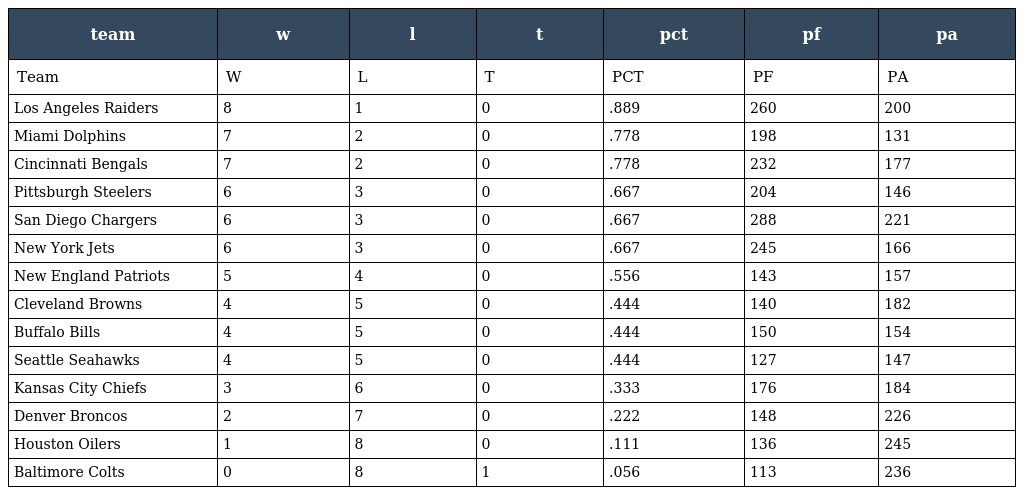
| team | w | l | t | pct | pf | pa |
 | --- | --- | --- | --- | --- | --- | --- |
 | Team | W | L | T | PCT | PF | PA |
 | Los Angeles Raiders | 8 | 1 | 0 | .889 | 260 | 200 |
 | Miami Dolphins | 7 | 2 | 0 | .778 | 198 | 131 |
 | Cincinnati Bengals | 7 | 2 | 0 | .778 | 232 | 177 |
 | Pittsburgh Steelers | 6 | 3 | 0 | .667 | 204 | 146 |
 | San Diego Chargers | 6 | 3 | 0 | .667 | 288 | 221 |
 | New York Jets | 6 | 3 | 0 | .667 | 245 | 166 |
 | New England Patriots | 5 | 4 | 0 | .556 | 143 | 157 |
 | Cleveland Browns | 4 | 5 | 0 | .444 | 140 | 182 |
 | Buffalo Bills | 4 | 5 | 0 | .444 | 150 | 154 |
 | Seattle Seahawks | 4 | 5 | 0 | .444 | 127 | 147 |
 | Kansas City Chiefs | 3 | 6 | 0 | .333 | 176 | 184 |
 | Denver Broncos | 2 | 7 | 0 | .222 | 148 | 226 |
 | Houston Oilers | 1 | 8 | 0 | .111 | 136 | 245 |
 | Baltimore Colts | 0 | 8 | 1 | .056 | 113 | 236 |